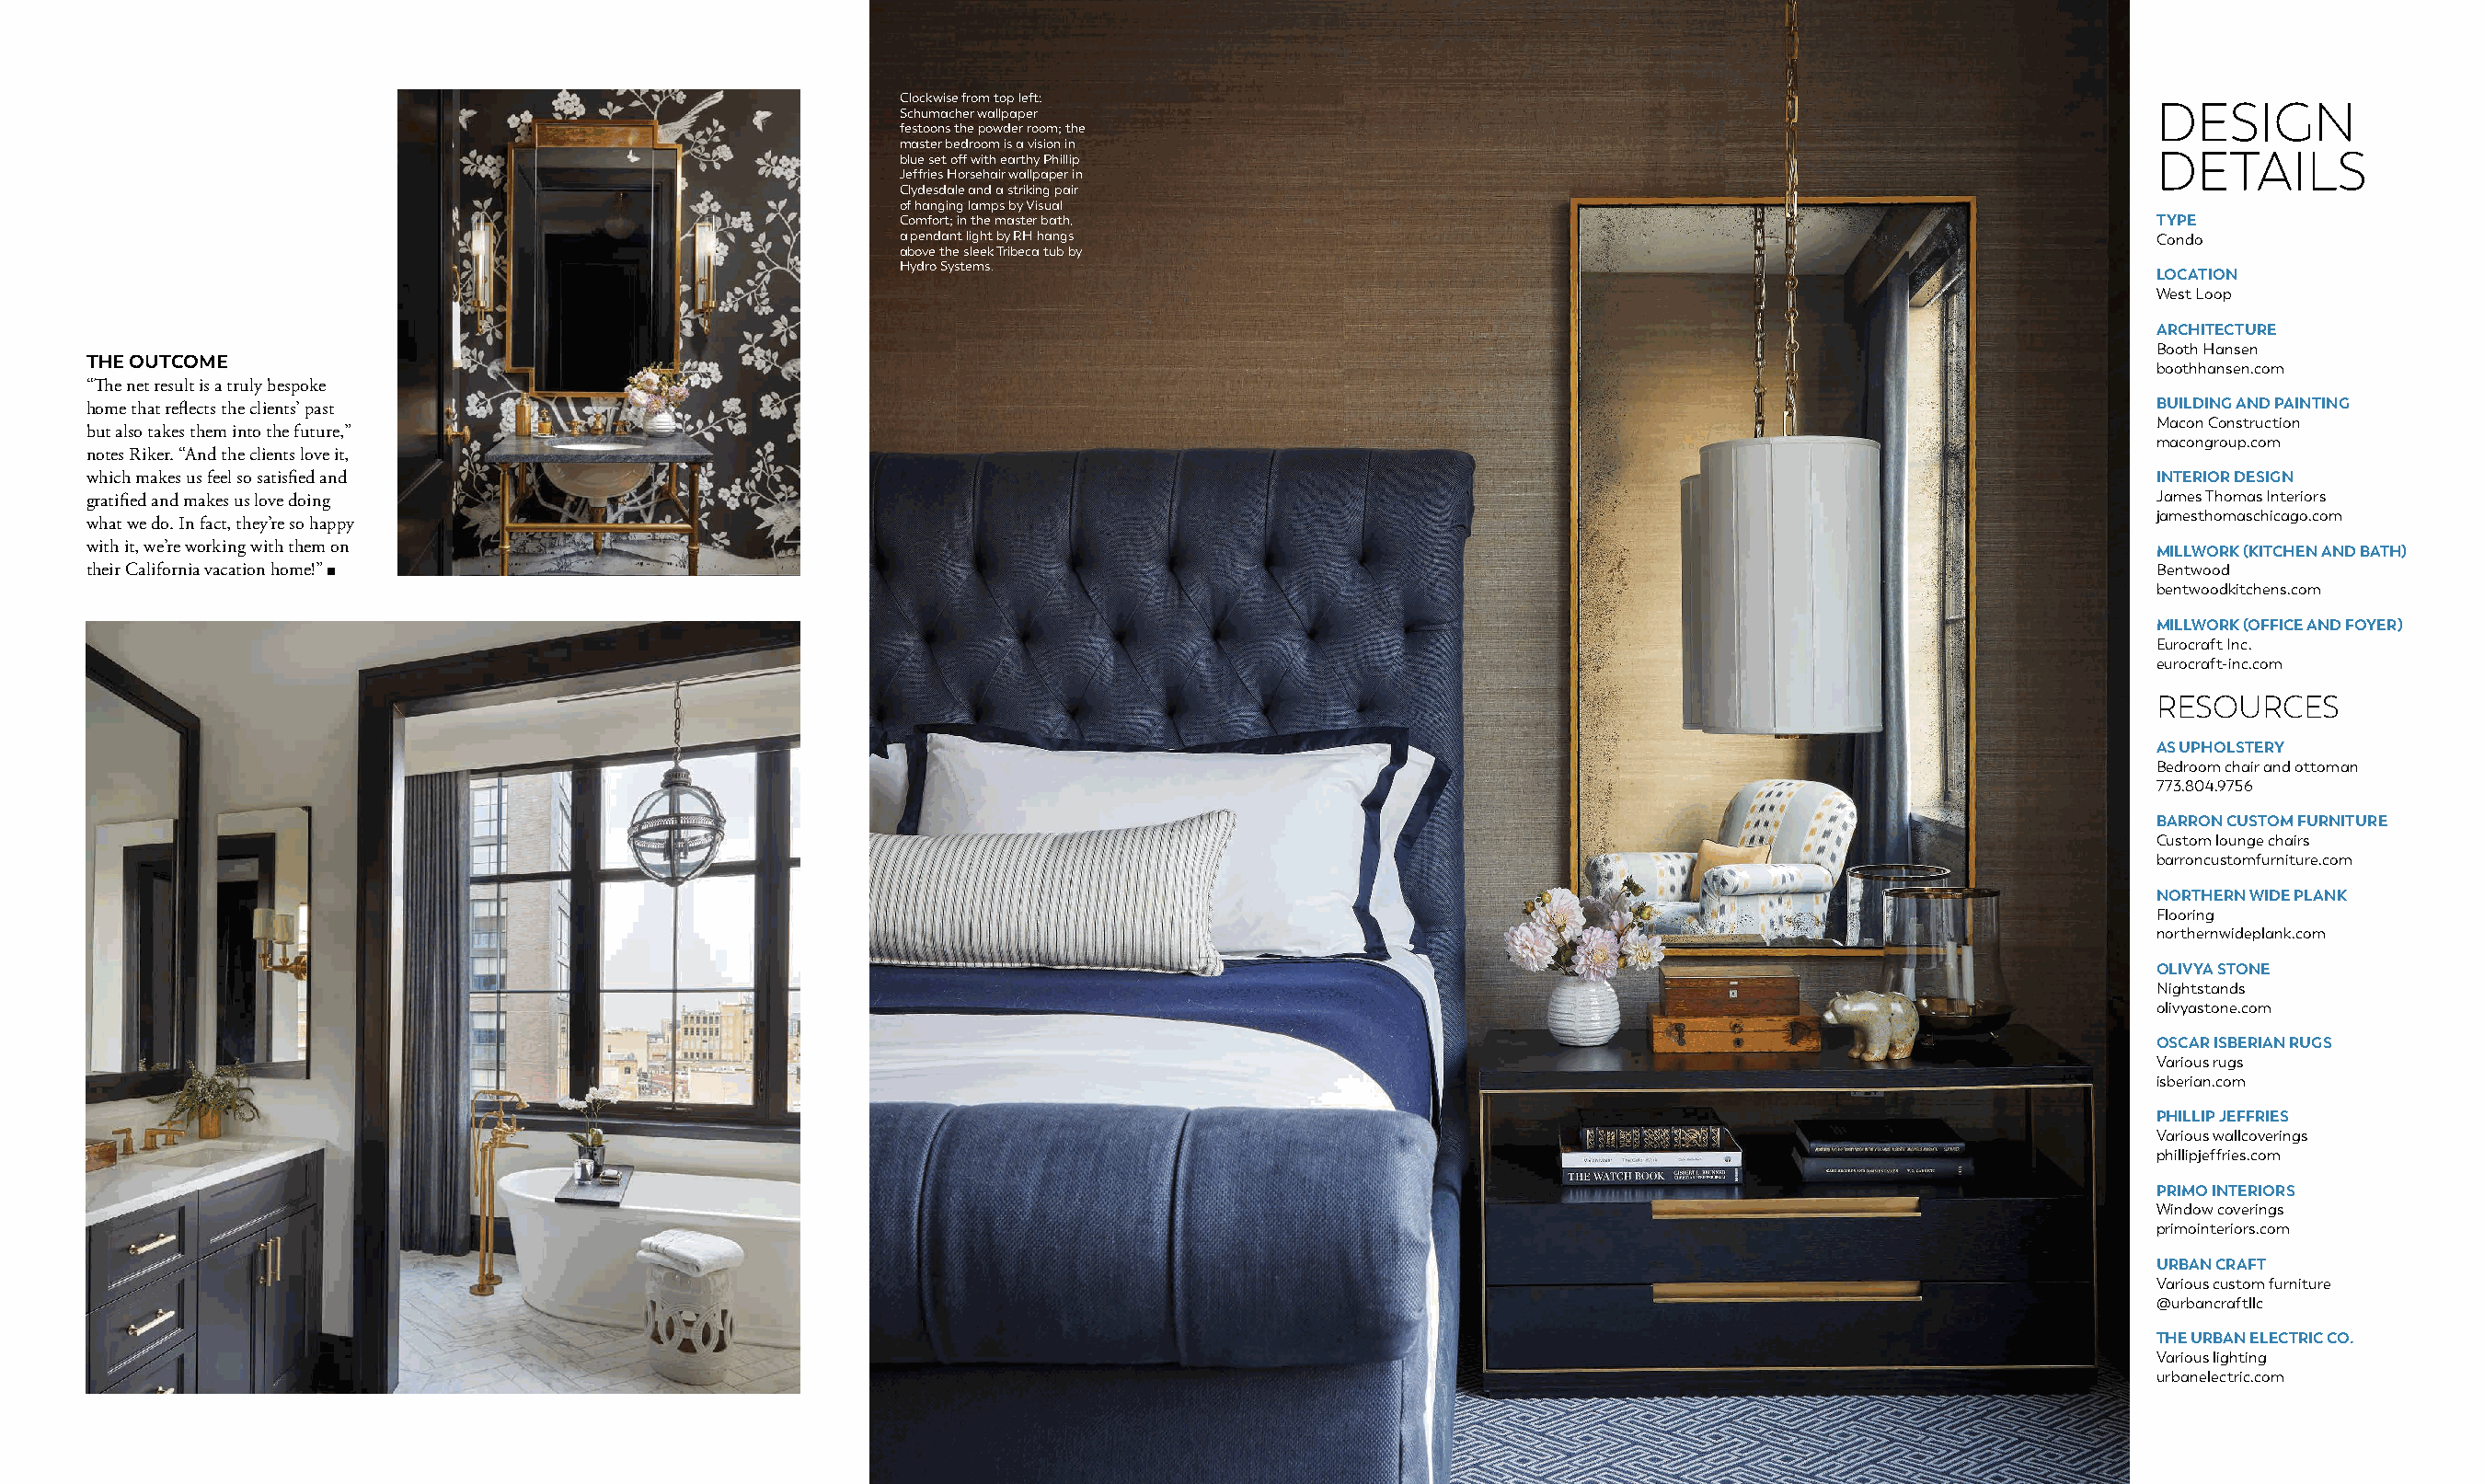
Clockwise from top left:
 DESIGN
 Schumacher wallpaper
 festoons the powder room; the
 master bedroom is a vision in
 blue set off with earthy Phillip                                                          DETAILS
 Jeffries Horsehair wallpaper in
 Clydesdale and a striking pair
 of hanging lamps by Visual
 Comfort; in the master bath,                                                              TYPE
 a pendant light by RH hangs                                                               Condo
 above the sleek Tribeca tub by
 Hydro Systems.
 LOCATION
 West Loop
 ARCHITECTURE
 Booth Hansen
 THE OUTCOME
 boothhansen.com
 “The net result is a truly bespoke
 home that reflects the clients’ past                                                                                                                 BUILDING AND PAINTING
 Macon Construction
 but also takes them into the future,”
 macongroup.com
 notes Riker. “And the clients love it,
 which makes us feel so satisfied and                                                                                                                 INTERIOR DESIGN
 gratified and makes us love doing                                                                                                                    James Thomas Interiors
 jamesthomaschicago.com
 what we do. In fact, they’re so happy
 with it, we’re working with them on                                                                                                                  MILLWORK (KITCHEN AND BATH)
 their California vacation home!”                                                                                                                     Bentwood
 bentwoodkitchens.com
 MILLWORK (OFFICE AND FOYER)
 Eurocraft Inc.
 eurocraft-inc.com
 RESOURCES
 AS UPHOLSTERY
 Bedroom chair and ottoman
 773.804.9756
 BARRON CUSTOM FURNITURE
 Custom lounge chairs
 barroncustomfurniture.com
 NORTHERN WIDE PLANK
 Flooring
 northernwideplank.com
 OLIVYA STONE
 Nightstands
 olivyastone.com
 OSCAR ISBERIAN RUGS
 Various rugs
 isberian.com
 PHILLIP JEFFRIES
 Various wallcoverings
 phillipjeffries.com
 PRIMO INTERIORS
 Window coverings
 primointeriors.com
 URBAN CRAFT
 Various custom furniture
 @urbancraftllc
 THE URBAN ELECTRIC CO.
 Various lighting
 urbanelectric.com